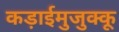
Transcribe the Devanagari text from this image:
कड़ाईमुजुक्कू